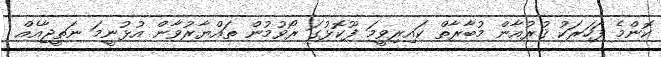
ކޮންމެ ފަހަރަކު ޤުރުއާން މުބާރާތް ކައިރިވީމަ ފޫކޮޅުގަ ރޯވުމުން ތައްޔާރުވާން އުޅުނީމަ ނަތީޖާއެއް